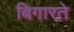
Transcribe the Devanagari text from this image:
बिगारते